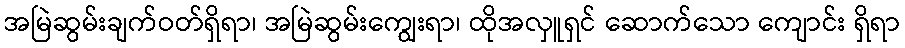
အမြဲဆွမ်းချက်ဝတ်ရှိရာ၊ အမြဲဆွမ်းကျွေးရာ၊ ထိုအလှူရှင် ဆောက်သော ကျောင်း ရှိရာ